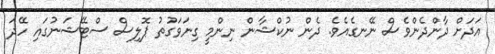
އަދަށް ދާންދެންވެސް ނޭނގެއެވެ. ދެން ނުކްޝާން ނިންމީ ގިނަވަގުތު ޕޮލިސް ސްޓޭޝަނުގައި ހޭދަ